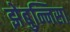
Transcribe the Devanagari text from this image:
झेबुन्निसा